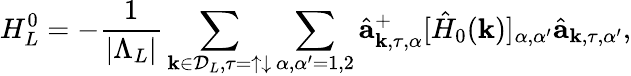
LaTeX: H_{L}^{0}=-\frac{1}{|\Lambda_{L}|}\sum_{{\mathbf k}\in{\cal D}_{L},\tau=\uparrow\downarrow}\sum_{\alpha,\alpha^{\prime}=1,2}\hat{\mathbf a}_{{\mathbf k},\tau,\alpha}^{+}[\hat{H}_{0}({\mathbf k})]_{\alpha,\alpha^{\prime}}\hat{\mathbf a}_{{\mathbf k},\tau,\alpha^{\prime}},